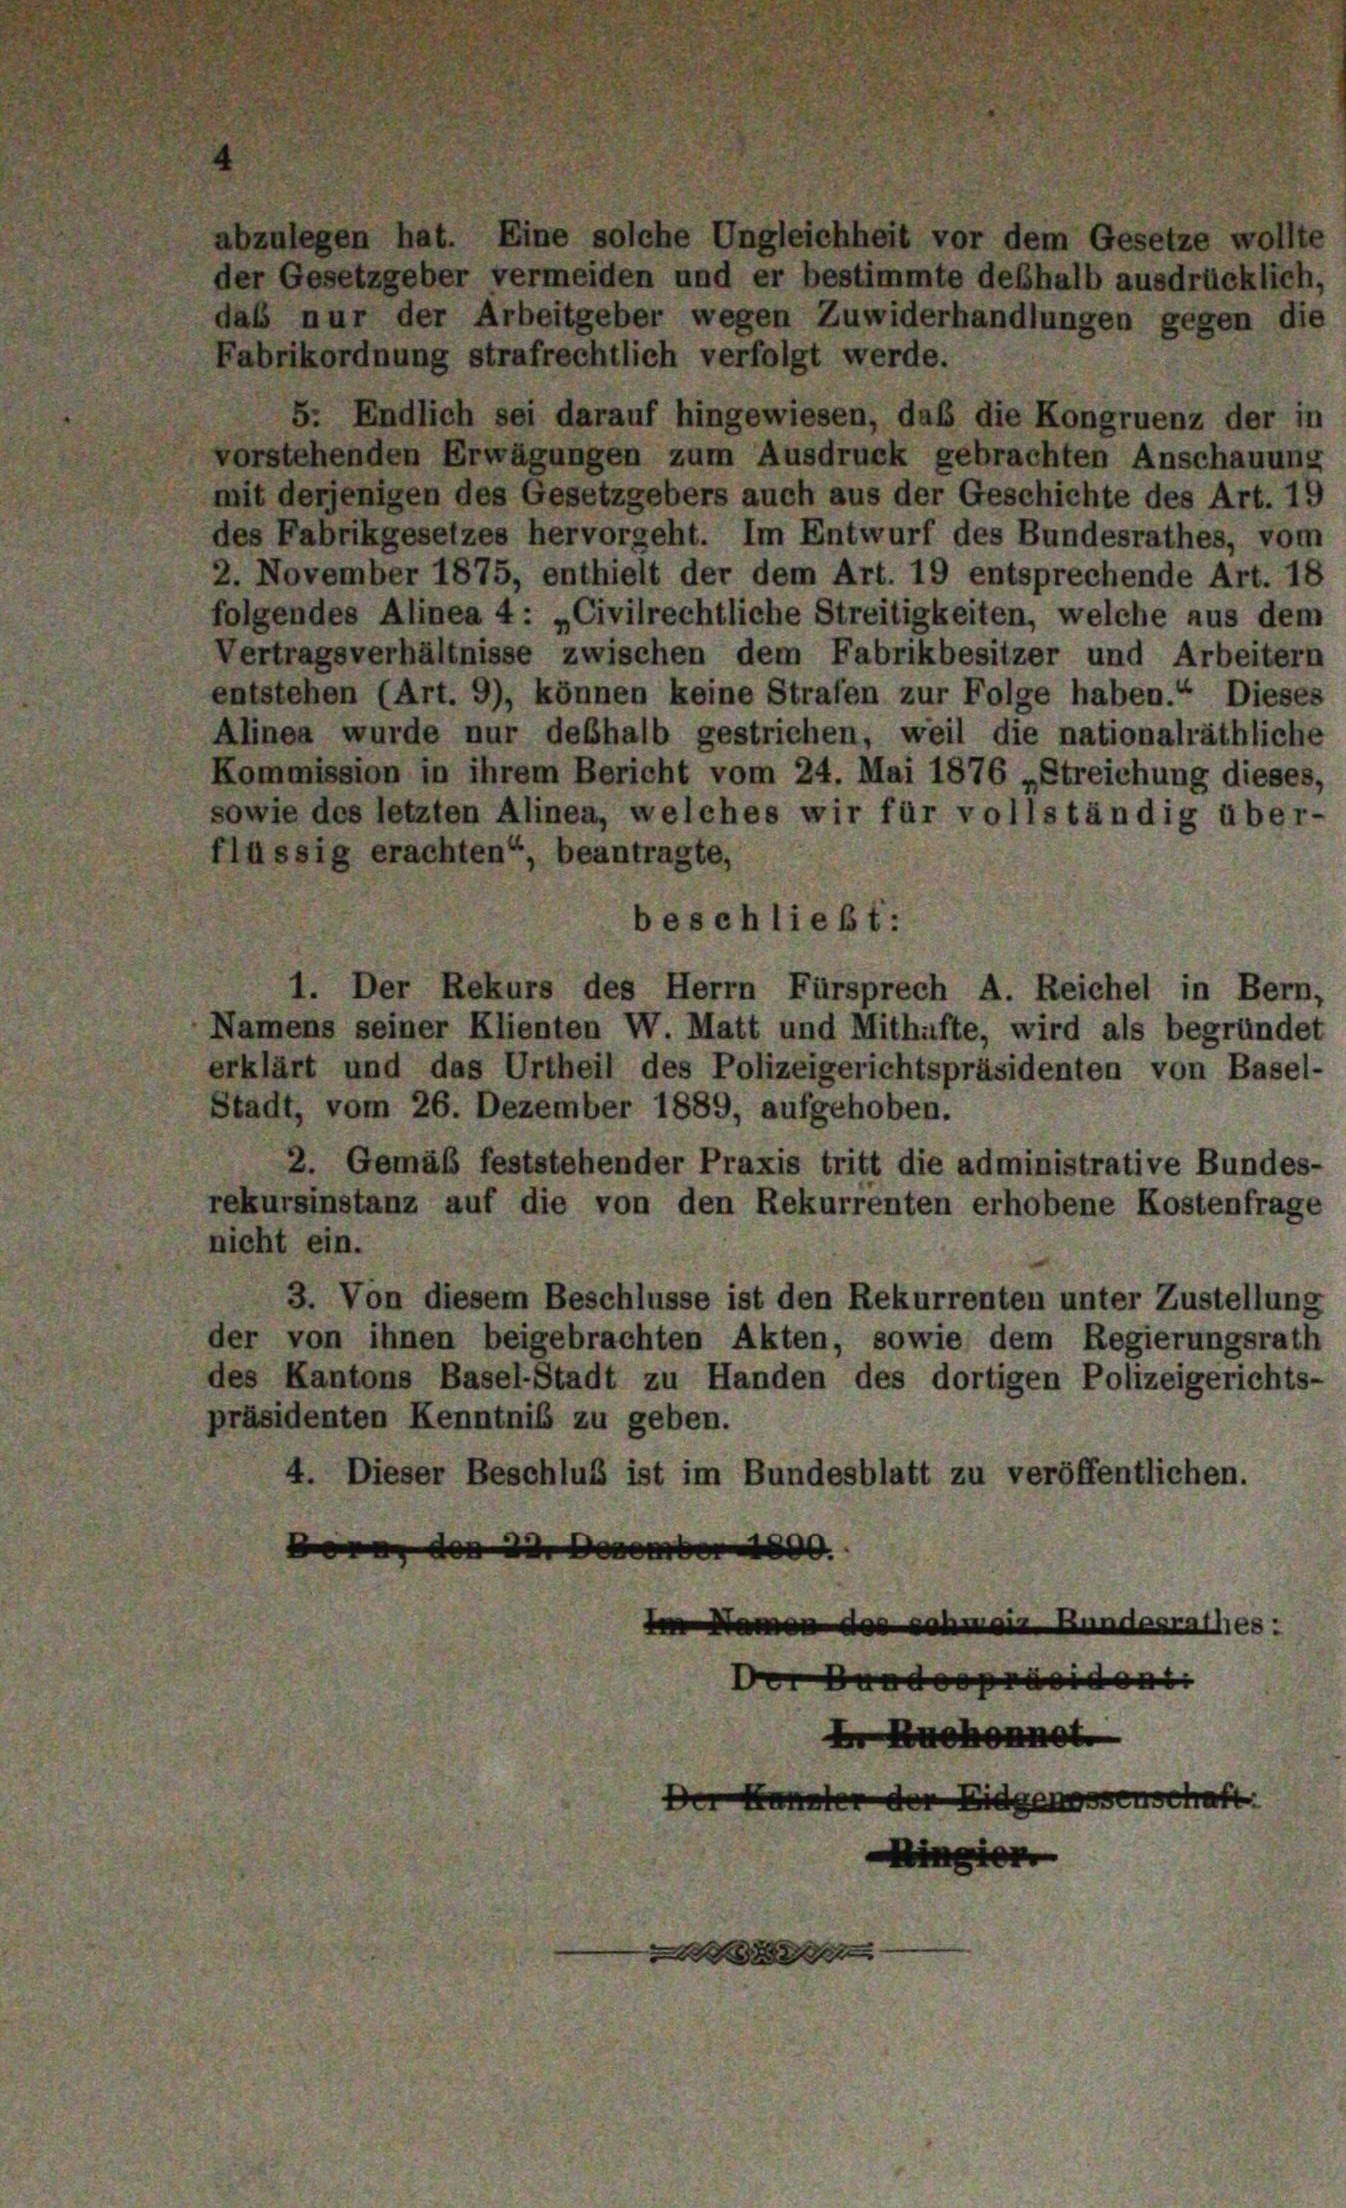
abzulegen hat. Eine solche Ungleichheit vor dem Gesetze wollte
der Gesetzgeber vermeiden und er bestimmte deshalb ausdrücklich,
das nur der Arbeitgeber wegen Zuwiderhandlungen gegen die
Fabrikordnung strafrechtlich verfolgt werde.
5. Endlich sei darauf hingewiesen, daß die Kongruenz der in
vorstehenden Erwägungen zum Ausdruck gebrachten Anschauung
mit derjenigen des Gesetzgebers auch aus der Geschichte des Art. 19
des Fabrikgesetzes hervorgeht. Im Entwurf des Bundesrathes, vom
2. November 1875, enthielt der dem Art. 19 entsprechende Art. 18
folgendes Alinea 4: „Civilrechtliche Streitigkeiten, welche aus dem
Vertragsverhältnisse zwischen dem Fabrikbesitzer und Arbeitern
entstehen (Art. 9), können keine Strafen zur Folge haben.“ Dieses
Alinea wurde nur deshalb gestriehen, weil die nationalräthliche
Kommission in ihrem Bericht vom 24. Mai 1876 „Streichung dieses,
sowie des letzten Alinea, welches wir für vollständig über-
flüssig erachten“, beantragte,
beschließt:
1. Der Rekurs des Herrn Fürsprech A. Reichel in Bern,
Namens seiner Klienten W. Matt und Mithafte, wird als begründet
erklärt und das Urtheil des Polizeigerichtspräsidenten von Basel-
Stadt, vom 26. Dezember 1889, aufgehoben.
2. Gemäß feststehender Praxis tritt die administrative Bundes-
rekursinstanz auf die von den Rekurrenten erhobene Kostenfrage
nicht ein.
3. Von diesem Beschlüsse ist den Rekurrenten unter Zustellung
der von ihnen beigebrachten Akten, sowie dem Regierungsrath
des Kantons Basel-Stadt zu Handen des dortigen Polizeigerichts-
präsidenten Kenntnis zu geben.
4. Dieser Beschluß ist im Bundesblatt zu veröffentlichen.
 den 2 Dezember 1800.
 Namen des schmair Kundesrathes:
Der Bundespräsident
Er Bvehonnet

Der

d

Konnter der Eidgenossenschaft
Ringier